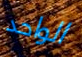
الواحد